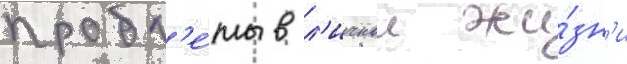
пробл'е́мы в л'ичнои жи́зн'и